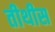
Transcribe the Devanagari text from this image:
तीथीस